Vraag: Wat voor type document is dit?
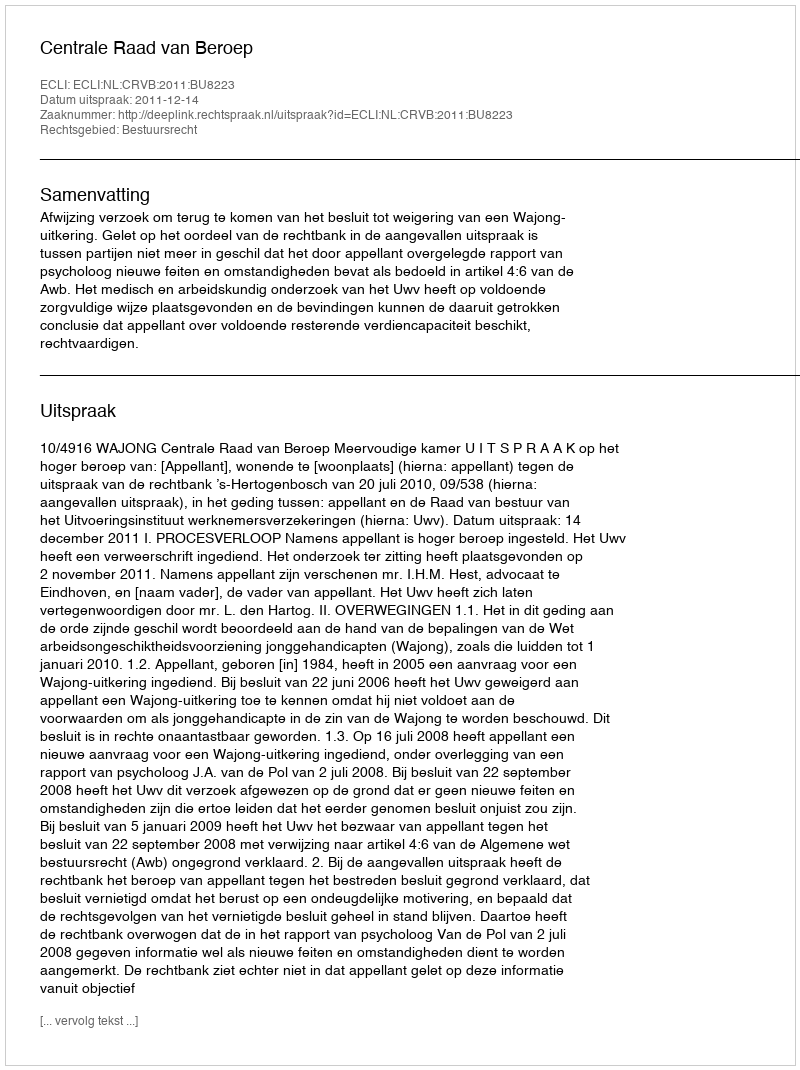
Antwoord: Uitspraak